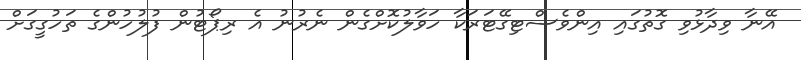
އޭނާ ވިދާޅުވި ގޮތުގައި އިންވެސްޓިގޭޓަރަކާ ހަވާލުކޮށްގެން ނެރުނު އެ ރިޕޯޓުން ފުލުހުންގެ ތަހުގީގަށް